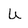
Character: U